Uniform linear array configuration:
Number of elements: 32
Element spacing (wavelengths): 0.25
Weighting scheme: binomial
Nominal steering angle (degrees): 15
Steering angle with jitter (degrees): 15.274
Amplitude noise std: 0.05
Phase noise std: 0.05

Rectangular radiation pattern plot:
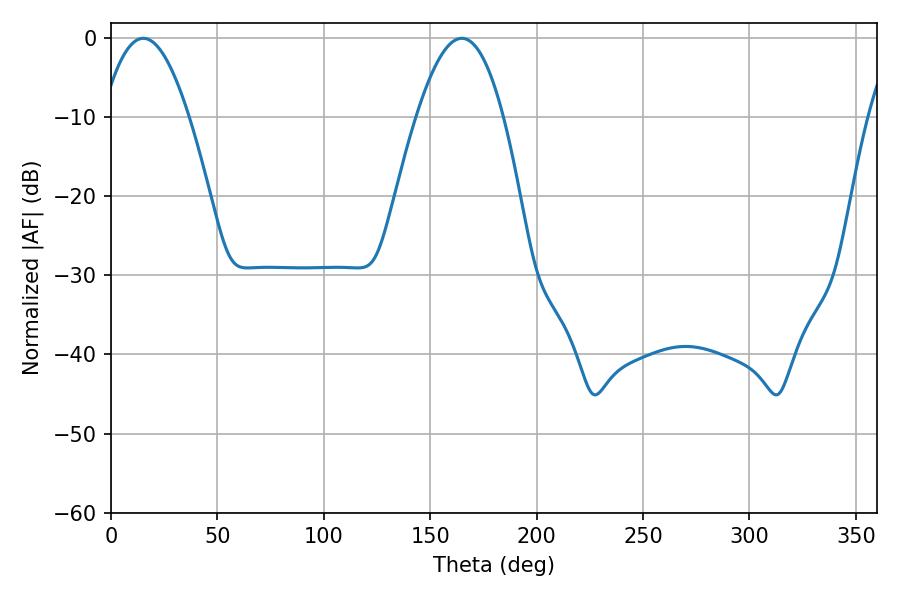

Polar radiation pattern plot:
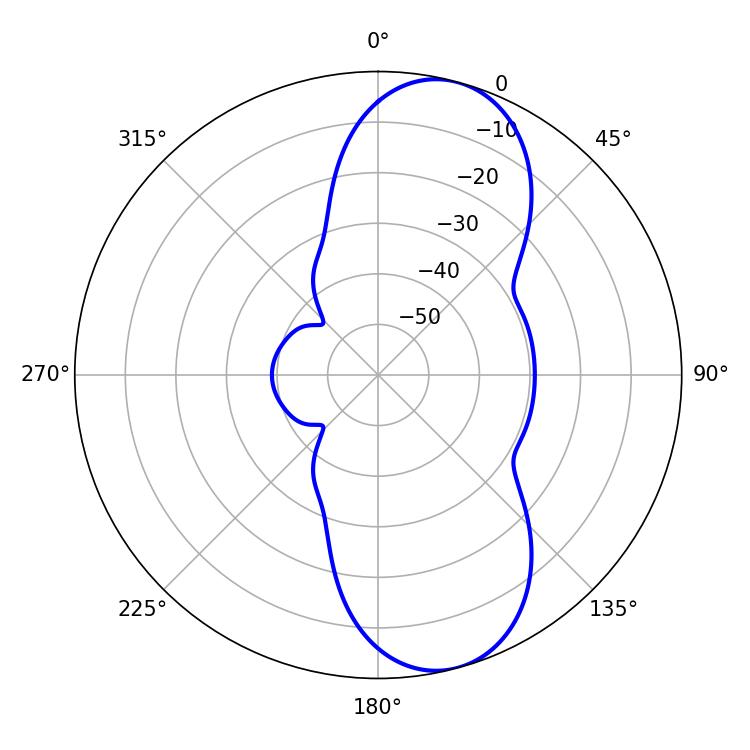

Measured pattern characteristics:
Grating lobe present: FALSE
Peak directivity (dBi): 9.461
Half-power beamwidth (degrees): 22.32
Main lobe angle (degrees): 15.12